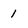
Character: 1